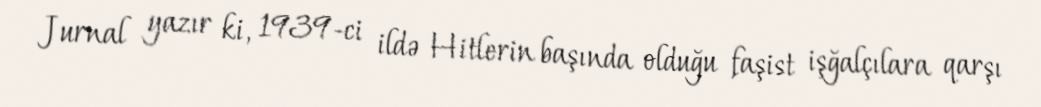
Jurnal yazır ki, 1939-ci ildə Hitlerin başında olduğu faşist işğalçılara qarşı